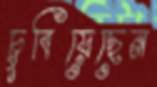
চুবিয়েছেন